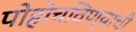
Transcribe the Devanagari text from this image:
पोहोचविण्याची